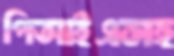
পিআইএসহ